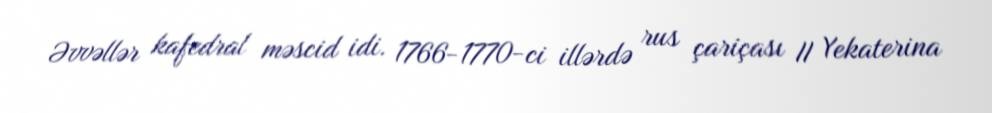
Əvvəllər kafedral məscid idi. 1766-1770-ci illərdə rus çariçası II Yekaterina